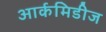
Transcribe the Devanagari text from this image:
आर्कमिडीज